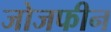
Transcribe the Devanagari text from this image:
जोजफीन